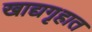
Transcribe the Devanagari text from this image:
खाद्यगृहात